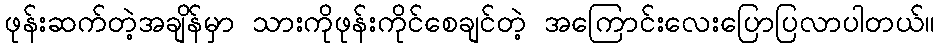
ဖုန်းဆက်တဲ့အချိန်မှာ သားကိုဖုန်းကိုင်စေချင်တဲ့ အကြောင်းလေးပြောပြလာပါတယ်။